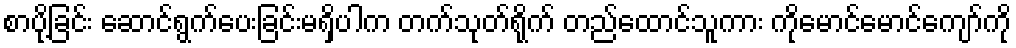
စာပို့ခြင်း ဆောင်ရွက်ပေးခြင်းမရှိပါက တက်သုတ်ရိုက် တည်ထောင်သူကား ကိုမောင်မောင်ကျော်ကို